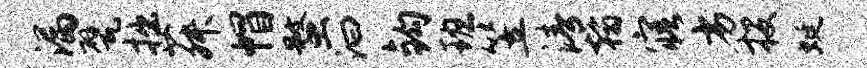
漏甓拙菽帽蝥汩钩班笠清翰寤劣投蜓